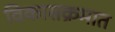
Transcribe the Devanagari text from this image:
विकासक्रमात